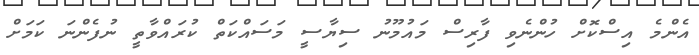
އެންމެ އިސްކޮށް ހުންނެވި ފާރިސް މައުމޫނު ސިޔާސީ މަސައްކަތް ކުރައްވާތީ ނުފެންނަ ކަމަށް